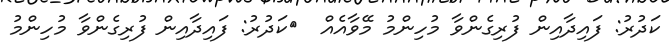
ކަދުރު: ފައިދާއިން ފުރިގެންވާ މުހިންމު މޭވާއެެއް  	ކަދުރު: ފައިދާއިން ފުރިގެންވާ މުހިންމު